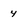
Character: 4